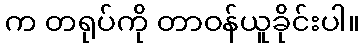
က တရုပ်ကို တာဝန်ယူခိုင်းပါ။